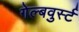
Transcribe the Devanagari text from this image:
गेल्बवुर्स्ट